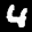
Label: 4